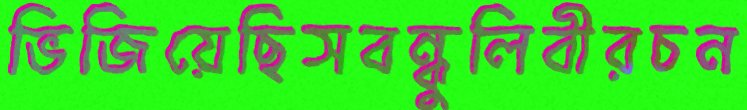
ভিজিয়েছিসবন্ধুলিবীরচন